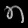
Digit: ၈